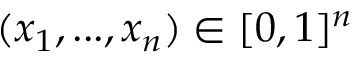
( x _ { 1 } , . . . , x _ { n } ) \in [ 0 , 1 ] ^ { n }